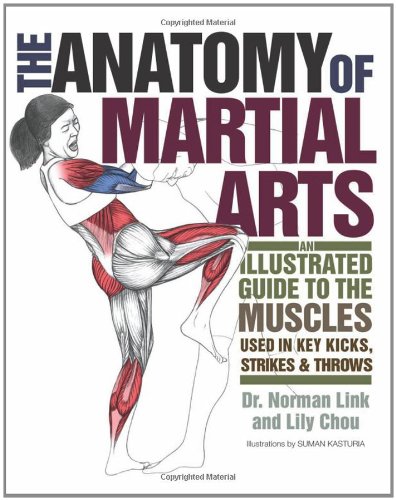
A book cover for The Anatomy of Martial Arts: An Illustrated Guide to the Muscles Used for Each Strike, Kick, and Throw; Norman Link; Sports & Outdoors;